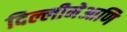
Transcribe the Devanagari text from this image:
दिल्लीनेआणि